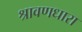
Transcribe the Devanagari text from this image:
श्रावणधारा